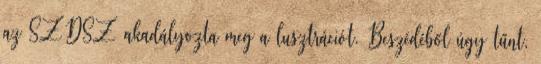
az SZDSZ akadályozta meg a lusztrációt. Beszédéből úgy tűnt,